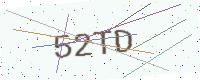
Text: 52TD